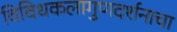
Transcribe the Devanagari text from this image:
विविधकलागुणदर्शनाचा